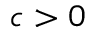
c > 0